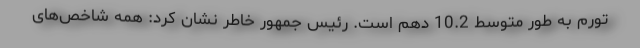
تورم به طور متوسط 10.2 دهم است. رئیس جمهور خاطر نشان کرد: همه شاخص‌های